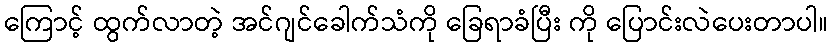
ကြောင့် ထွက်လာတဲ့ အင်ဂျင်ခေါက်သံကို ခြေရာခံပြီး ကို ပြောင်းလဲပေးတာပါ။